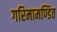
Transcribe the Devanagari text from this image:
गरिमामण्डित